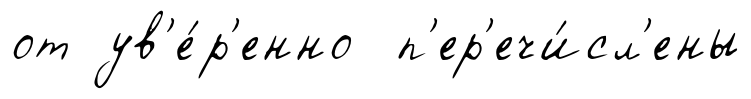
от ув'е́р'енно п'ер'ечи́сл'ены